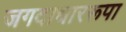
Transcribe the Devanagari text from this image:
जगदाधाररूपा